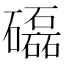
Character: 𥗐